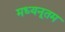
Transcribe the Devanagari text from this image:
मध्यनूतम